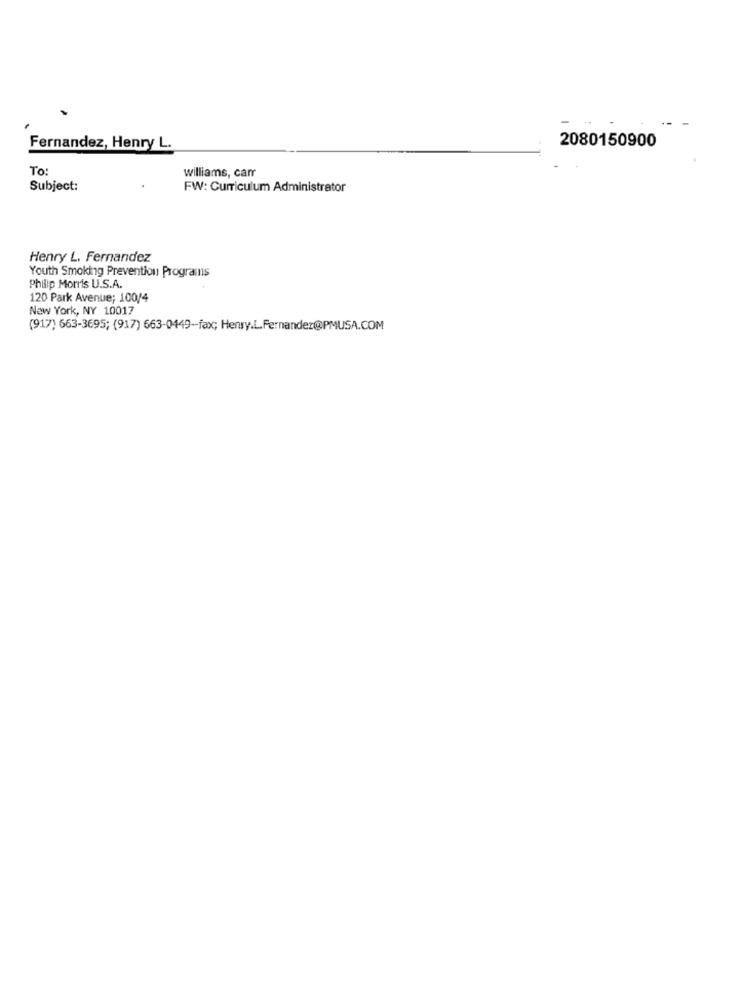
2080150900
Fernandez, Henry L.
To
williams, carr
Subject:
FW: Curriculum Administrator
Henry L. Fernandez
Youth Smoking Prevention Programs
Philip Morris U.S.A.
120 Park Avenue; 100/4
New York, NY 10017
(917) 663-3695; (917) 663-0449-fax; Henry.L.Fernandez@PMUSA.COM